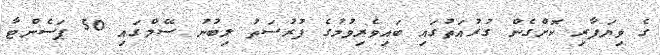
ގެ ވިޔަފާރި ކޮށްގެން ގުރުއަތުގައި ބައިވެރިވުމުގެ ފުރުސަތު ލިބުނު ސޭލްގައި 50 ޕަސެންޓާ